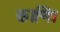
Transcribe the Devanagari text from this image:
काणि।